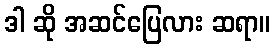
ဒါ ဆို အဆင်ပြေလား ဆရာ။